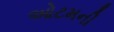
ઓટમની